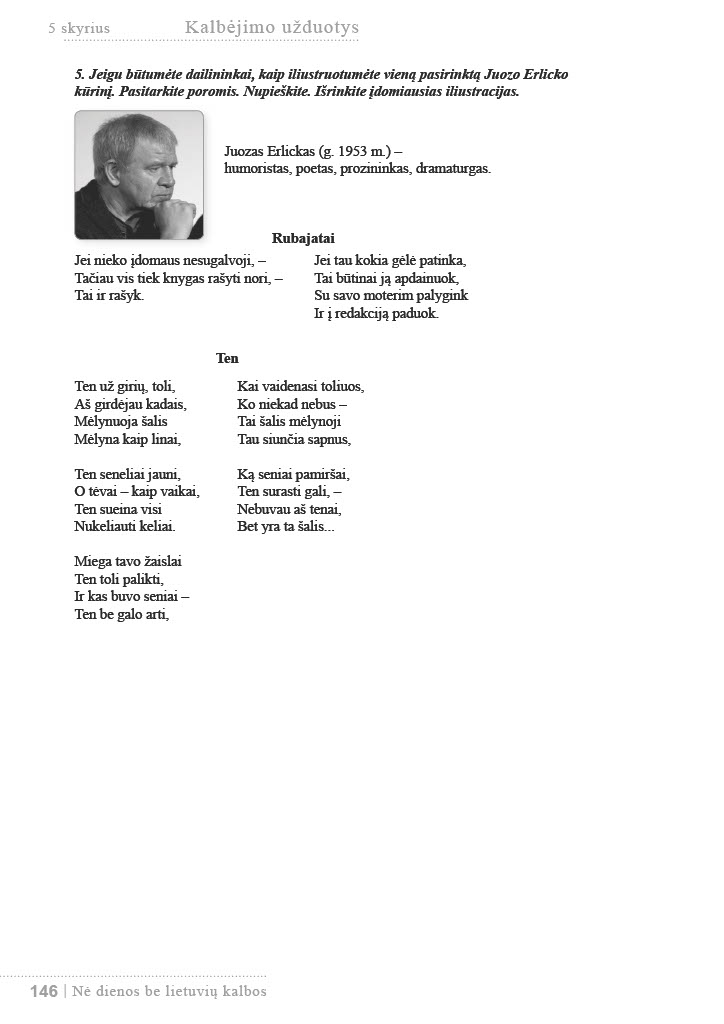
Language: lt